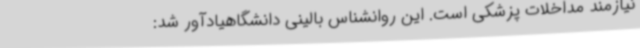
نیازمند مداخلات پزشکی است. این روانشناس بالینی دانشگاهیادآور شد: